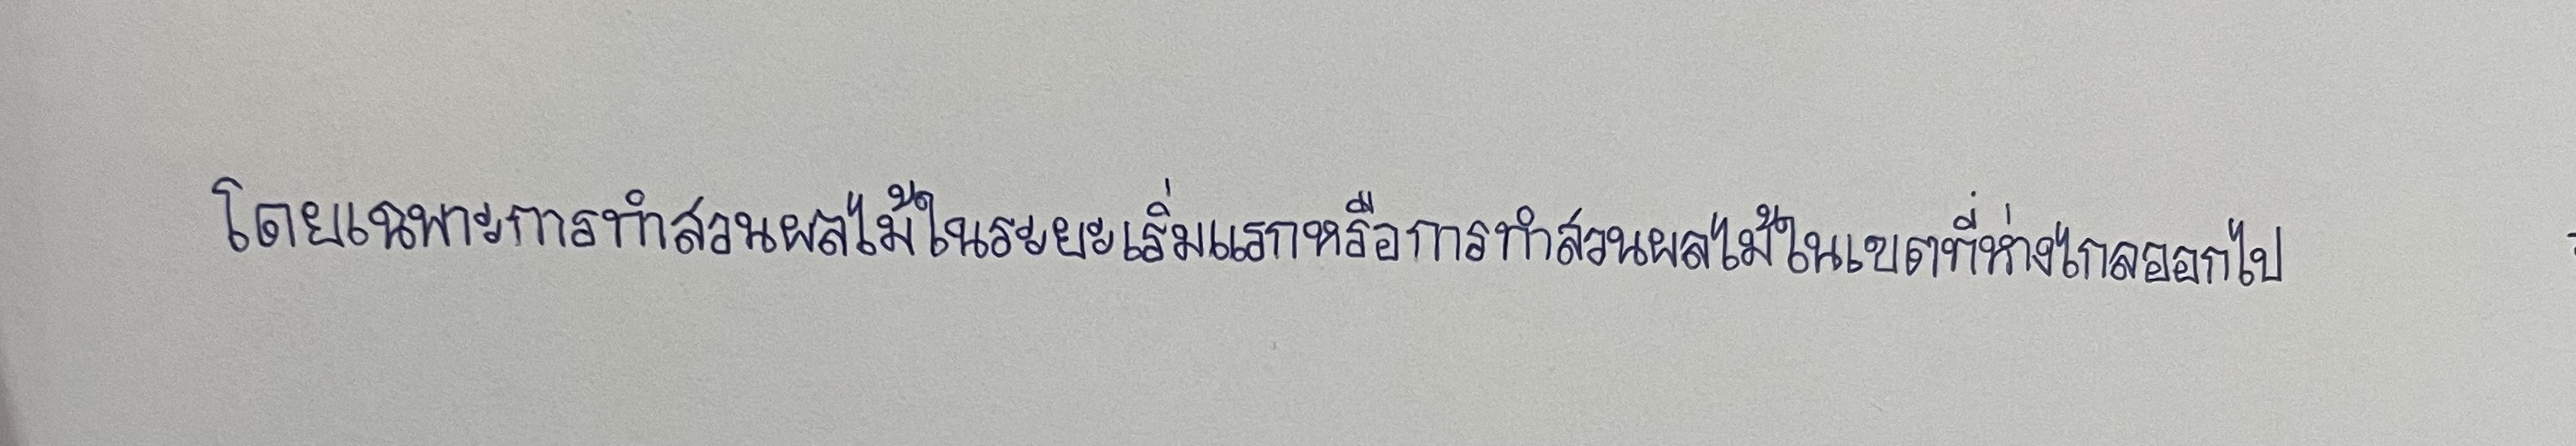
โดยเฉพาะการทำสวนผลไม้ในระยะเริ่มแรกหรือการทำสวนผลไม้ในเขตที่ห่างไกลออกไป